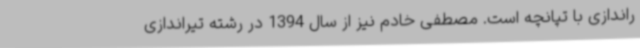
راندازی با تپانچه است. مصطفی خادم نیز از سال 1394 در رشته تیراندازی